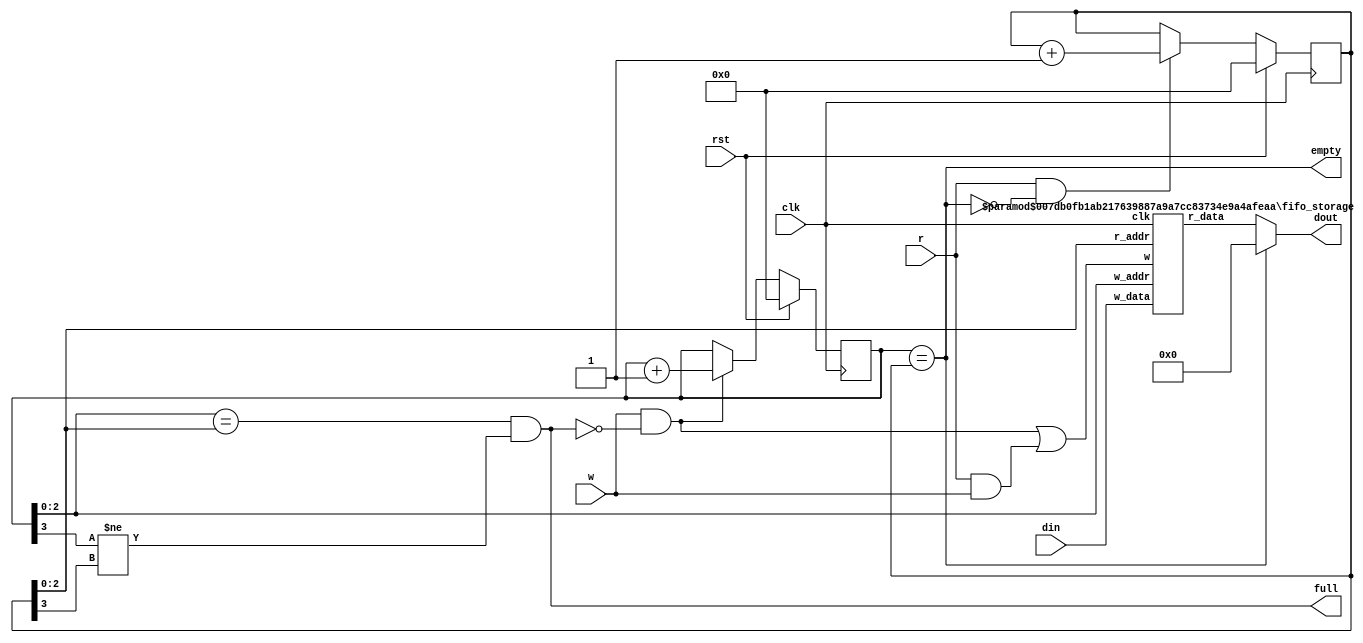
module fifo(
   // Outputs
   dout, full, empty, /*water_level,*/
   // Inputs
   clk, rst, r, w, din
   );

   parameter DATA_WIDTH = 32;
   parameter ADDR_WIDTH = 3;
   
   input     clk;
   input     rst;
   
   input     r;
   input     w;

   wire [(DATA_WIDTH-1):0] dout2;
   output [(DATA_WIDTH-1):0] dout;
   input [(DATA_WIDTH-1):0]  din;

   output 		     full;
   output 		     empty;
   
   reg [ADDR_WIDTH:0] 	     w_ptr, r_ptr;
   wire 		     r_mem, w_mem;

   assign dout = empty ? {(DATA_WIDTH-1){1'b0}} : dout2;
   assign full = (w_ptr[(ADDR_WIDTH-1):0] == r_ptr[(ADDR_WIDTH-1):0]) 
   && (w_ptr[ADDR_WIDTH] != r_ptr[ADDR_WIDTH]);
   
   assign 		     empty = (w_ptr == r_ptr);

   assign r_mem = (r && !empty) || (r && w);
   assign w_mem = (w && !full) || (r && w);

   
   //wire [ADDR_WIDTH:0] 	     w_water_level = (w_ptr - r_ptr);
      
   always@(posedge clk)
     begin
	if(rst)
	  begin
	     w_ptr <= 'd0;
	     r_ptr <= 'd0;
	  end
	else
	  begin
	     w_ptr <= (w && !full) ? w_ptr + 1 : w_ptr;
	     r_ptr <= (r && !empty) ? r_ptr + 1 : r_ptr;
	  end
     end

     
   fifo_storage #(DATA_WIDTH,ADDR_WIDTH ) m0
   (
	   // Outputs
	   .r_data			(dout2),
	   // Inputs
	   .clk				(clk),
	   .r_addr			(r_ptr[(ADDR_WIDTH-1):0]),
	   .w_addr			(w_ptr[(ADDR_WIDTH-1):0]),
	   .w_data			(din),
//	   .r				(r_mem),
	   .w				(w_mem)
    );
   

endmodule // fifo 

module fifo_storage(
   // Outputs
   r_data,
   // Inputs
   clk, r_addr, w_addr, w_data,/* r,*/ w
   );

   parameter DATA_WIDTH = 32;
   parameter ADDR_WIDTH = 3;
   parameter RAM_DEPTH = 1 << ADDR_WIDTH;
   
   input clk;
   input [(ADDR_WIDTH-1):0] r_addr;
   input [(ADDR_WIDTH-1):0] w_addr;

   input [(DATA_WIDTH-1):0] w_data;
   output[(DATA_WIDTH-1):0] r_data;

   //reg [(DATA_WIDTH-1):0] r_data;
   
   
   //input 		    r;
   input w;

   reg [(DATA_WIDTH-1):0] mem [(RAM_DEPTH-1):0];

   assign 		  r_data = mem[r_addr];
   always@(posedge clk)
     begin
	mem[w_addr] <= w ? w_data : mem[w_addr];
	//r_data <= r ? mem[r_addr] : r_data;
     end

endmodule // mem